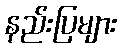
နည်းပြများ